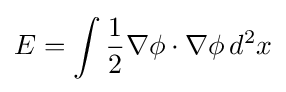
E=\int {\frac {1}{2}}\nabla \phi \cdot \nabla \phi \,d^{2}x